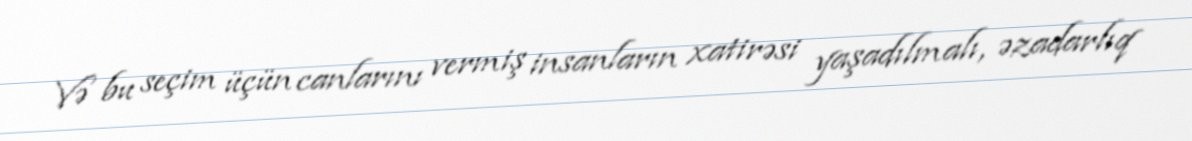
Və bu seçim üçün canlarını vermiş insanların xatirəsi yaşadılmalı, əzadarlıq